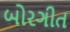
બોરગીત